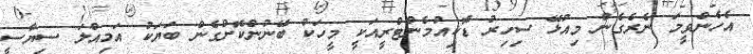
އެހެންވީމަ ނެރެގެން މިއުޅޭ ސިހިރު ޑޮކިއުމެންޓްރީއަކީ މީހަކު ބޭނުންކޮށްގެން ބަޔަކު އަމިއްލަ ސިޔާސީ